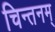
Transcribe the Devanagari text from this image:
चिन्तनम्